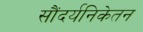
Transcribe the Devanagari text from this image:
सौंदर्यनिकेतन